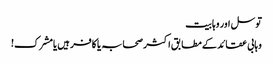
توسل اور وہابیت
وہابی عقائد کے مطابق اکثر صحابہ یا کافر ہیں یامشرک!